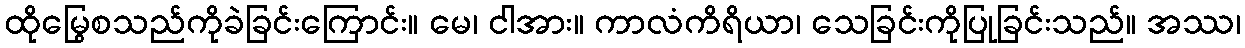
ထိုမြွေစသည်ကိုခဲခြင်းကြောင်း။ မေ၊ ငါအား။ ကာလံကိရိယာ၊ သေခြင်းကိုပြုခြင်းသည်။ အဿ၊